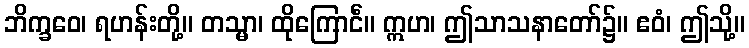
ဘိက္ခဝေ၊ ရဟန်းတို့။ တသ္မာ၊ ထိုကြောင်ံ။ ဣဟ၊ ဤသာသနာတော်၌။ ဧဝံ၊ ဤသို့။